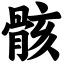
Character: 骸